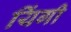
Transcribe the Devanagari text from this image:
यिंगी